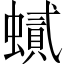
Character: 𲀈